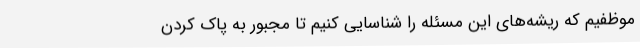
موظفیم که ریشه‌های این مسئله را شناسایی کنیم تا مجبور به پاک کردن